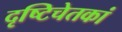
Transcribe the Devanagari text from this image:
दृष्टिचेतकां